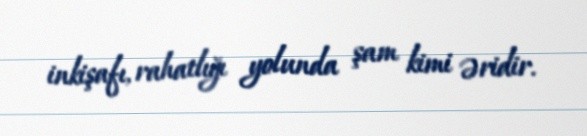
inkişafı, rahatlığı yolunda şam kimi əridir.